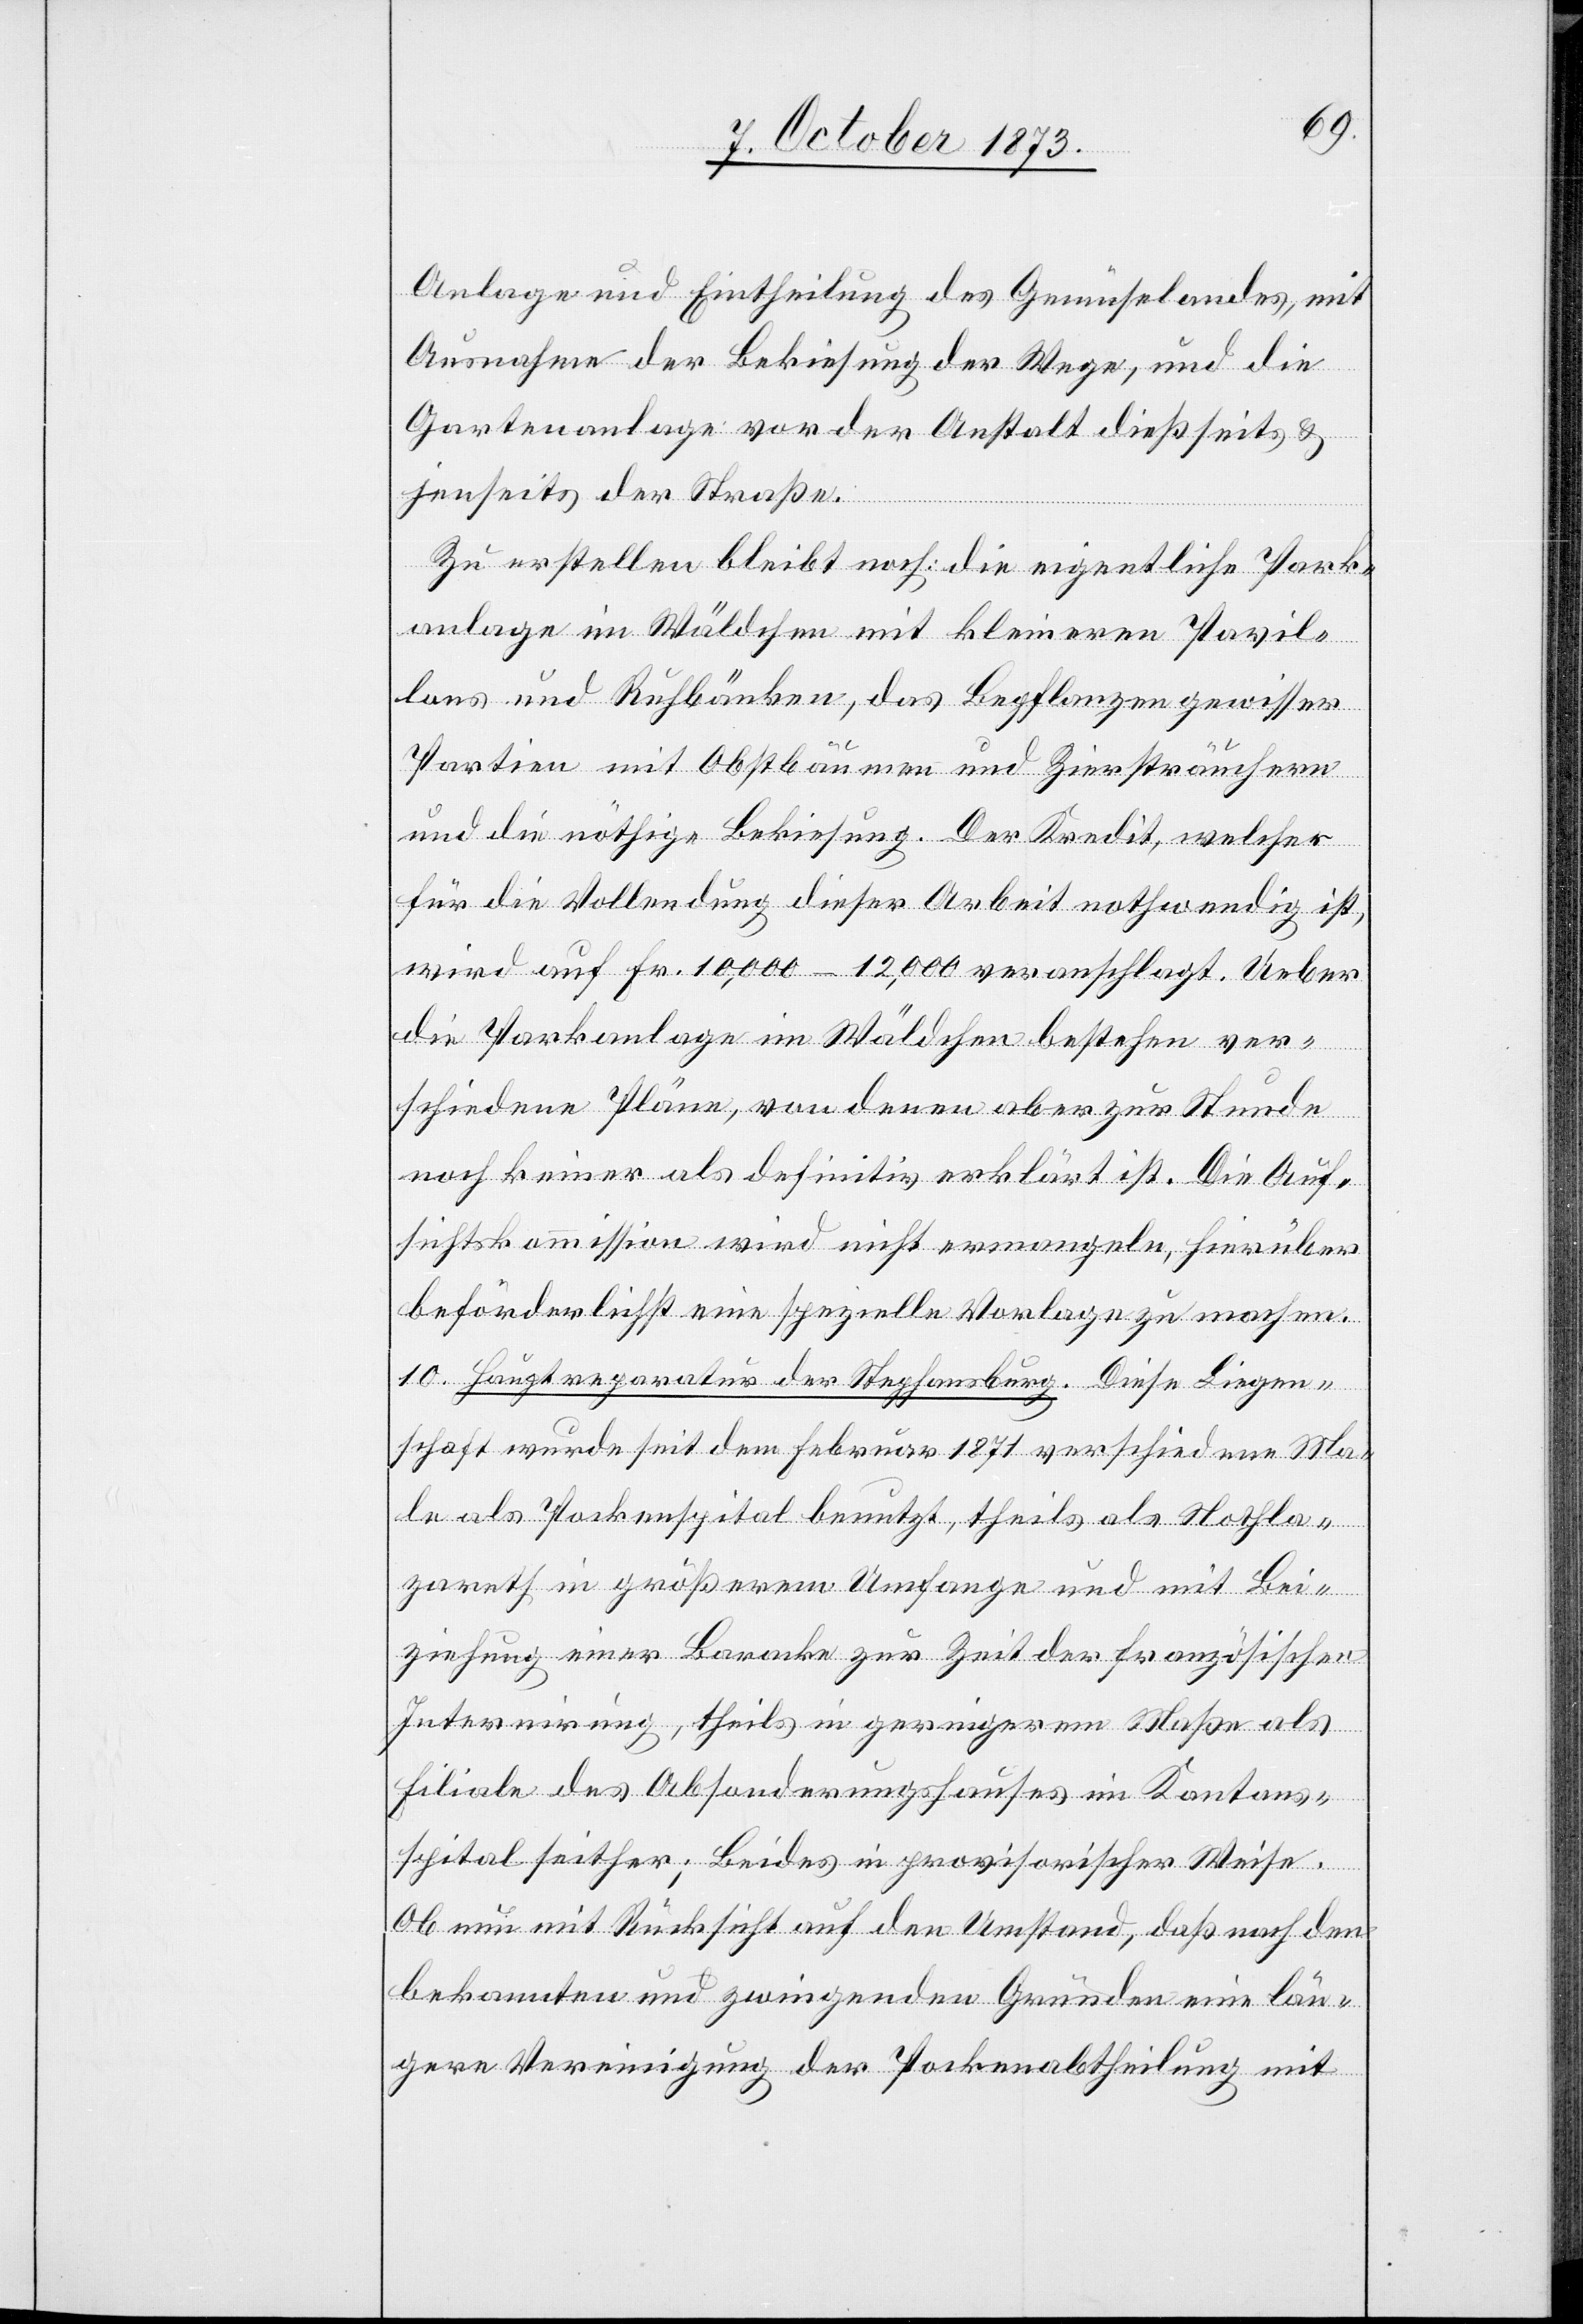
Anlage und Eintheilung des Gemüselandes, mit
Ausnahme der Bekiesung der Wege, und die
Gartenanlage vor der Anstalt dießseits &
jenseits der Straße.
Zu erstellen bleibt noch: die eigentliche Park¬
anlage im Wäldchen mit kleineren Pavil¬
lons und Ruhbänken, das Bepflanzen gewisser
Partien mit Obstbäumen und Ziersträuchern
und die nöthige Bekiesung. Der Kredit, welcher
für die Vollendung dieser Arbeit nothwendig ist,
wird auf Fr. 10,000–12,000 veranschlagt. Ueber
die Parkanlage im Wäldchen bestehen ver¬
schiedene Pläne, von denen aber zur Stunde
noch keiner als definitiv erklärt ist. Die Auf¬
sichtskommission wird nicht ermangeln, hierüber
beförderlichst eine spezielle Vorlage zu machen.
10. Hauptreparatur der Stephansburg. Diese Liegen¬
schaft wurde seit dem Februar 1871 verschiedene Ma¬
le als Pockenspital benutzt, theils als Nothla¬
zareth in größerem Umfange und mit Bei¬
ziehung einer Baracke zur Zeit der französischen
Internirung, theils in geringerem Maße als
Filiale des Absonderungshauses im Kantons¬
spital seither; Beides in provisorischer Weise.
Ob nun mit Rücksicht auf den Umstand, daß nach den
bekannten und zwingenden Gründen eine län¬
gere Vereinigung der Pockenabtheilung mit